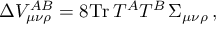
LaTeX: \Delta V _ { \mu \nu \rho } ^ { A B } = 8 \mathrm { T r } \, T ^ { A } T ^ { B } \, \Sigma _ { \mu \nu \rho } \, ,